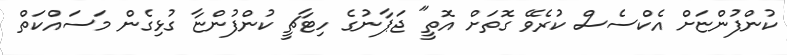
ކުންފުންޏަށް އެކްސެސް ކުރެވޭ ގޮތަށް އޮތީ" ޖަޕާނުގެ ހިޓާޗީ ކުންފުންޏާ ގުޅިގެން މަސައްކަތް